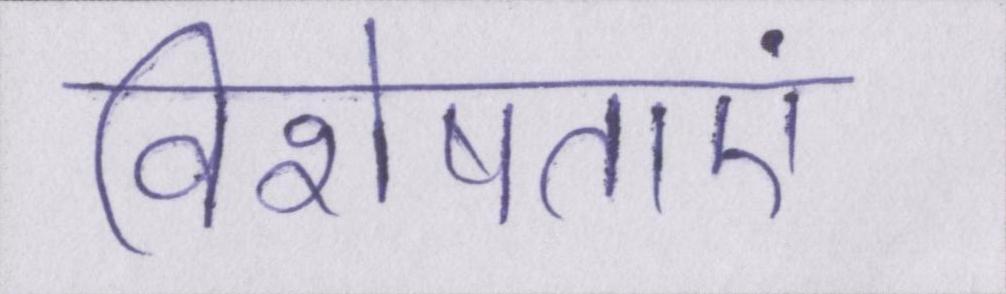
विशेषताएं